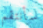
سأنتقم